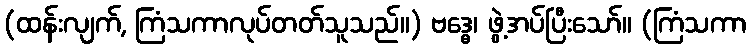
(ထန်းလျက်, ကြံသကာလုပ်တတ်သူသည်။) ဗဒ္ဓေ၊ ဖွဲ့အပ်ပြီးသော်။ (ကြံသကာ